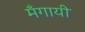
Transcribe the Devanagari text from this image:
मँगायी